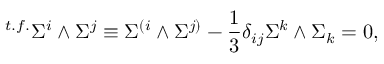
{ } ^ { t . f . } \Sigma ^ { i } \wedge \Sigma ^ { j } \equiv \Sigma ^ { ( i } \wedge \Sigma ^ { j ) } - { \frac { 1 } { 3 } } \delta _ { i j } \Sigma ^ { k } \wedge \Sigma _ { k } = 0 ,